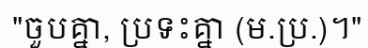
"ចួបគ្នា, ប្រទះគ្នា (ម.ប្រ.)។"